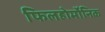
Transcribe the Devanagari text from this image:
फिलहोर्मोनिक